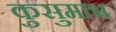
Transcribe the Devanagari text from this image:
कुसुमाभ